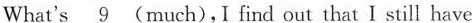
What's \underline{9} (much),I find out that I still have